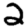
Digit: 2